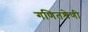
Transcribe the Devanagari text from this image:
गणितश्रेणी